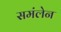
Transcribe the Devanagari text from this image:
समंलेन